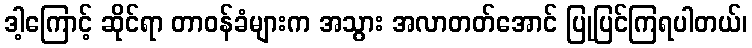
ဒါ့ကြောင့် ဆိုင်ရာ တာဝန်ခံများက အသွား အလာတတ်အောင် ပြုပြင်ကြရပါတယ်၊